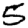
Digit: 5